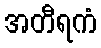
အတီရကံ